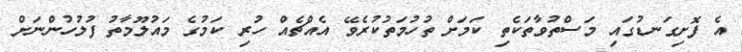
އެ ފޮށިގަނޑުގައި މަސްތުވާތަކެތި ކަމަށް ތުހުމަތުކުރެވޭ އެއްޗެއް ހުރި ކަމުގެ މައުލޫމާތު ފުލުހުންނަށް